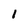
Character: 1